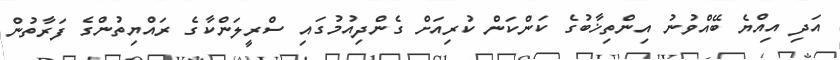
އަދި އިއްޔެ ބޭއްވުނު އިންތިޚާބުގެ ކަންކަން ކުރިއަށް ގެންދިއުމުގައި ސްރީލަންކާގެ ރައްޔިތުންގެ ފަރާތުން